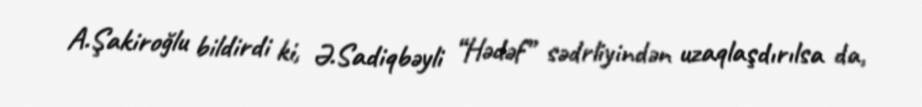
A.Şakiroğlu bildirdi ki, Ə.Sadiqbəyli “Hədəf” sədrliyindən uzaqlaşdırılsa da,